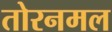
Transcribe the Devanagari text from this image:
तोरनमल